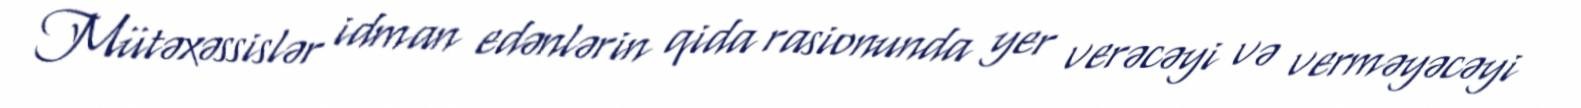
Mütəxəssislər idman edənlərin qida rasionunda yer verəcəyi və verməyəcəyi